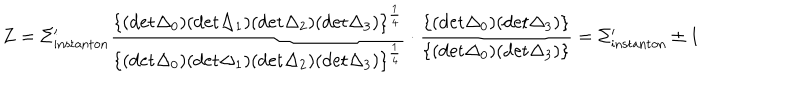
LaTeX: Z = \Sigma _ { \mathrm { i n s t a n t o n } } ^ { \prime } { \frac { \{ ( \mathrm { d e t } \Delta _ { 0 } ) ( \mathrm { d e t } \Delta _ { 1 } ) ( \mathrm { d e t } \Delta _ { 2 } ) ( \mathrm { d e t } \Delta _ { 3 } ) \} ^ { \frac { 1 } { 4 } } } { \{ ( \mathrm { d e t } \Delta _ { 0 } ) ( \mathrm { d e t } \Delta _ { 1 } ) ( \mathrm { d e t } \Delta _ { 2 } ) ( \mathrm { d e t } \Delta _ { 3 } ) \} ^ { \frac { 1 } { 4 } } } } \cdot { \frac { \{ ( \mathrm { d e t } \Delta _ { 0 } ) ( \mathrm { d e t } \Delta _ { 3 } ) \} } { \{ ( \mathrm { d e t } \Delta _ { 0 } ) ( \mathrm { d e t } \Delta _ { 3 } ) \} } } = \Sigma _ { \mathrm { i n s t a n t o n } } ^ { \prime } \pm 1